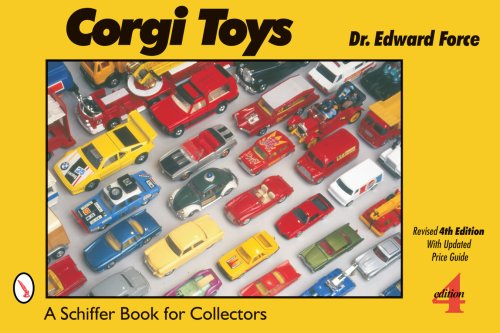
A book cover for Corgi Toys (Schiffer Book for Collectors); Edward Force; Crafts, Hobbies & Home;